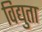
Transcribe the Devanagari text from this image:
विद्युता